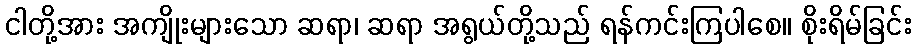
ငါတို့အား အကျိုးများသော ဆရာ၊ ဆရာ အရွယ်တို့သည် ရန်ကင်းကြပါစေ။ စိုးရိမ်ခြင်း